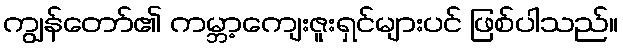
ကျွန်တော်၏ ကမ္ဘာ့ကျေးဇူးရှင်များပင် ဖြစ်ပါသည်။